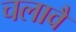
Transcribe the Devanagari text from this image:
चलावै